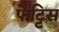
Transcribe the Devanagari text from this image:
फेट्टिस